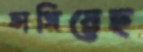
ভাসিয়েছ